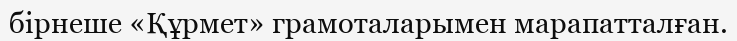
бірнеше «Құрмет» грамоталарымен марапатталған.